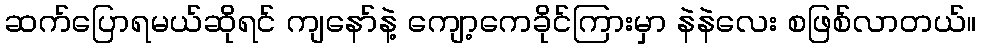
ဆက်ပြောရမယ်ဆိုရင် ကျနော်နဲ့ ကျော့ကေခိုင်ကြားမှာ နဲနဲလေး စဖြစ်လာတယ်။